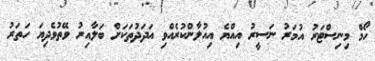
ހޯމް މިނިސްޓަރު އުމަރު ނަސީރު އިއްޔެ އިއުލާންކުރެއްވި އަދަދުތަކަށް ބަލާއިރު ވޭތުވެދިޔަ ހަތަރު